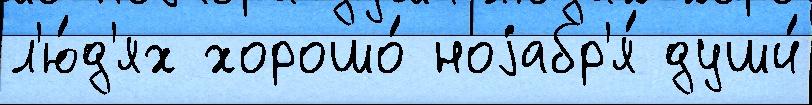
л'ю́д'ях хорошо́ ноjабр'я́ души́